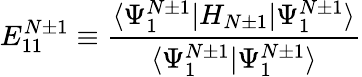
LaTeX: E_{11}^{N\pm 1}\equiv\frac{\langle\Psi_{1}^{N\pm 1}|H_{N\pm 1}|\Psi_{1}^{N\pm 1}\rangle}{\langle\Psi_{1}^{N\pm 1}|\Psi_{1}^{N\pm 1}\rangle}